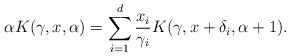
LaTeX: \begin{align*}\alpha K(\gamma, x, \alpha) = \sum_{i=1}^d \frac{x_i}{\gamma_i} K (\gamma, x + \delta_i, \alpha+1).\end{align*}